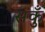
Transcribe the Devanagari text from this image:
सकुँ